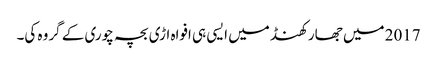
2017 میں جھارکھنڈ میں ایسی ہی افواہ اڑی بچہ چوری کے گروہ کی۔